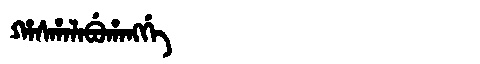
Manchu: ᡥᠠᠰᡥᠠᠯᠠᠪᡠᡥᠠᠩᡤᡝ
Romanization: HASHALABUHANGGE